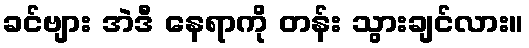
ခင်ဗျား အဲဒီ နေရာကို တန်း သွားချင်လား။